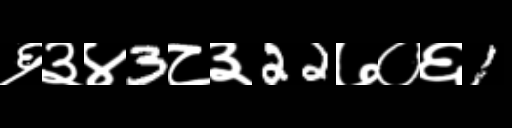
Text: ६३४3८३22७०६1